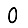
Digit: 0